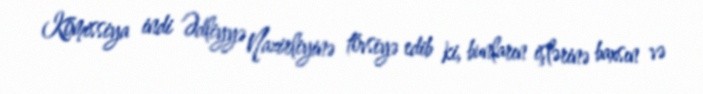
Komissiya indi Ədliyyə Nazirliyinə tövsiyə edib ki, bunların işlərinə baxsın və